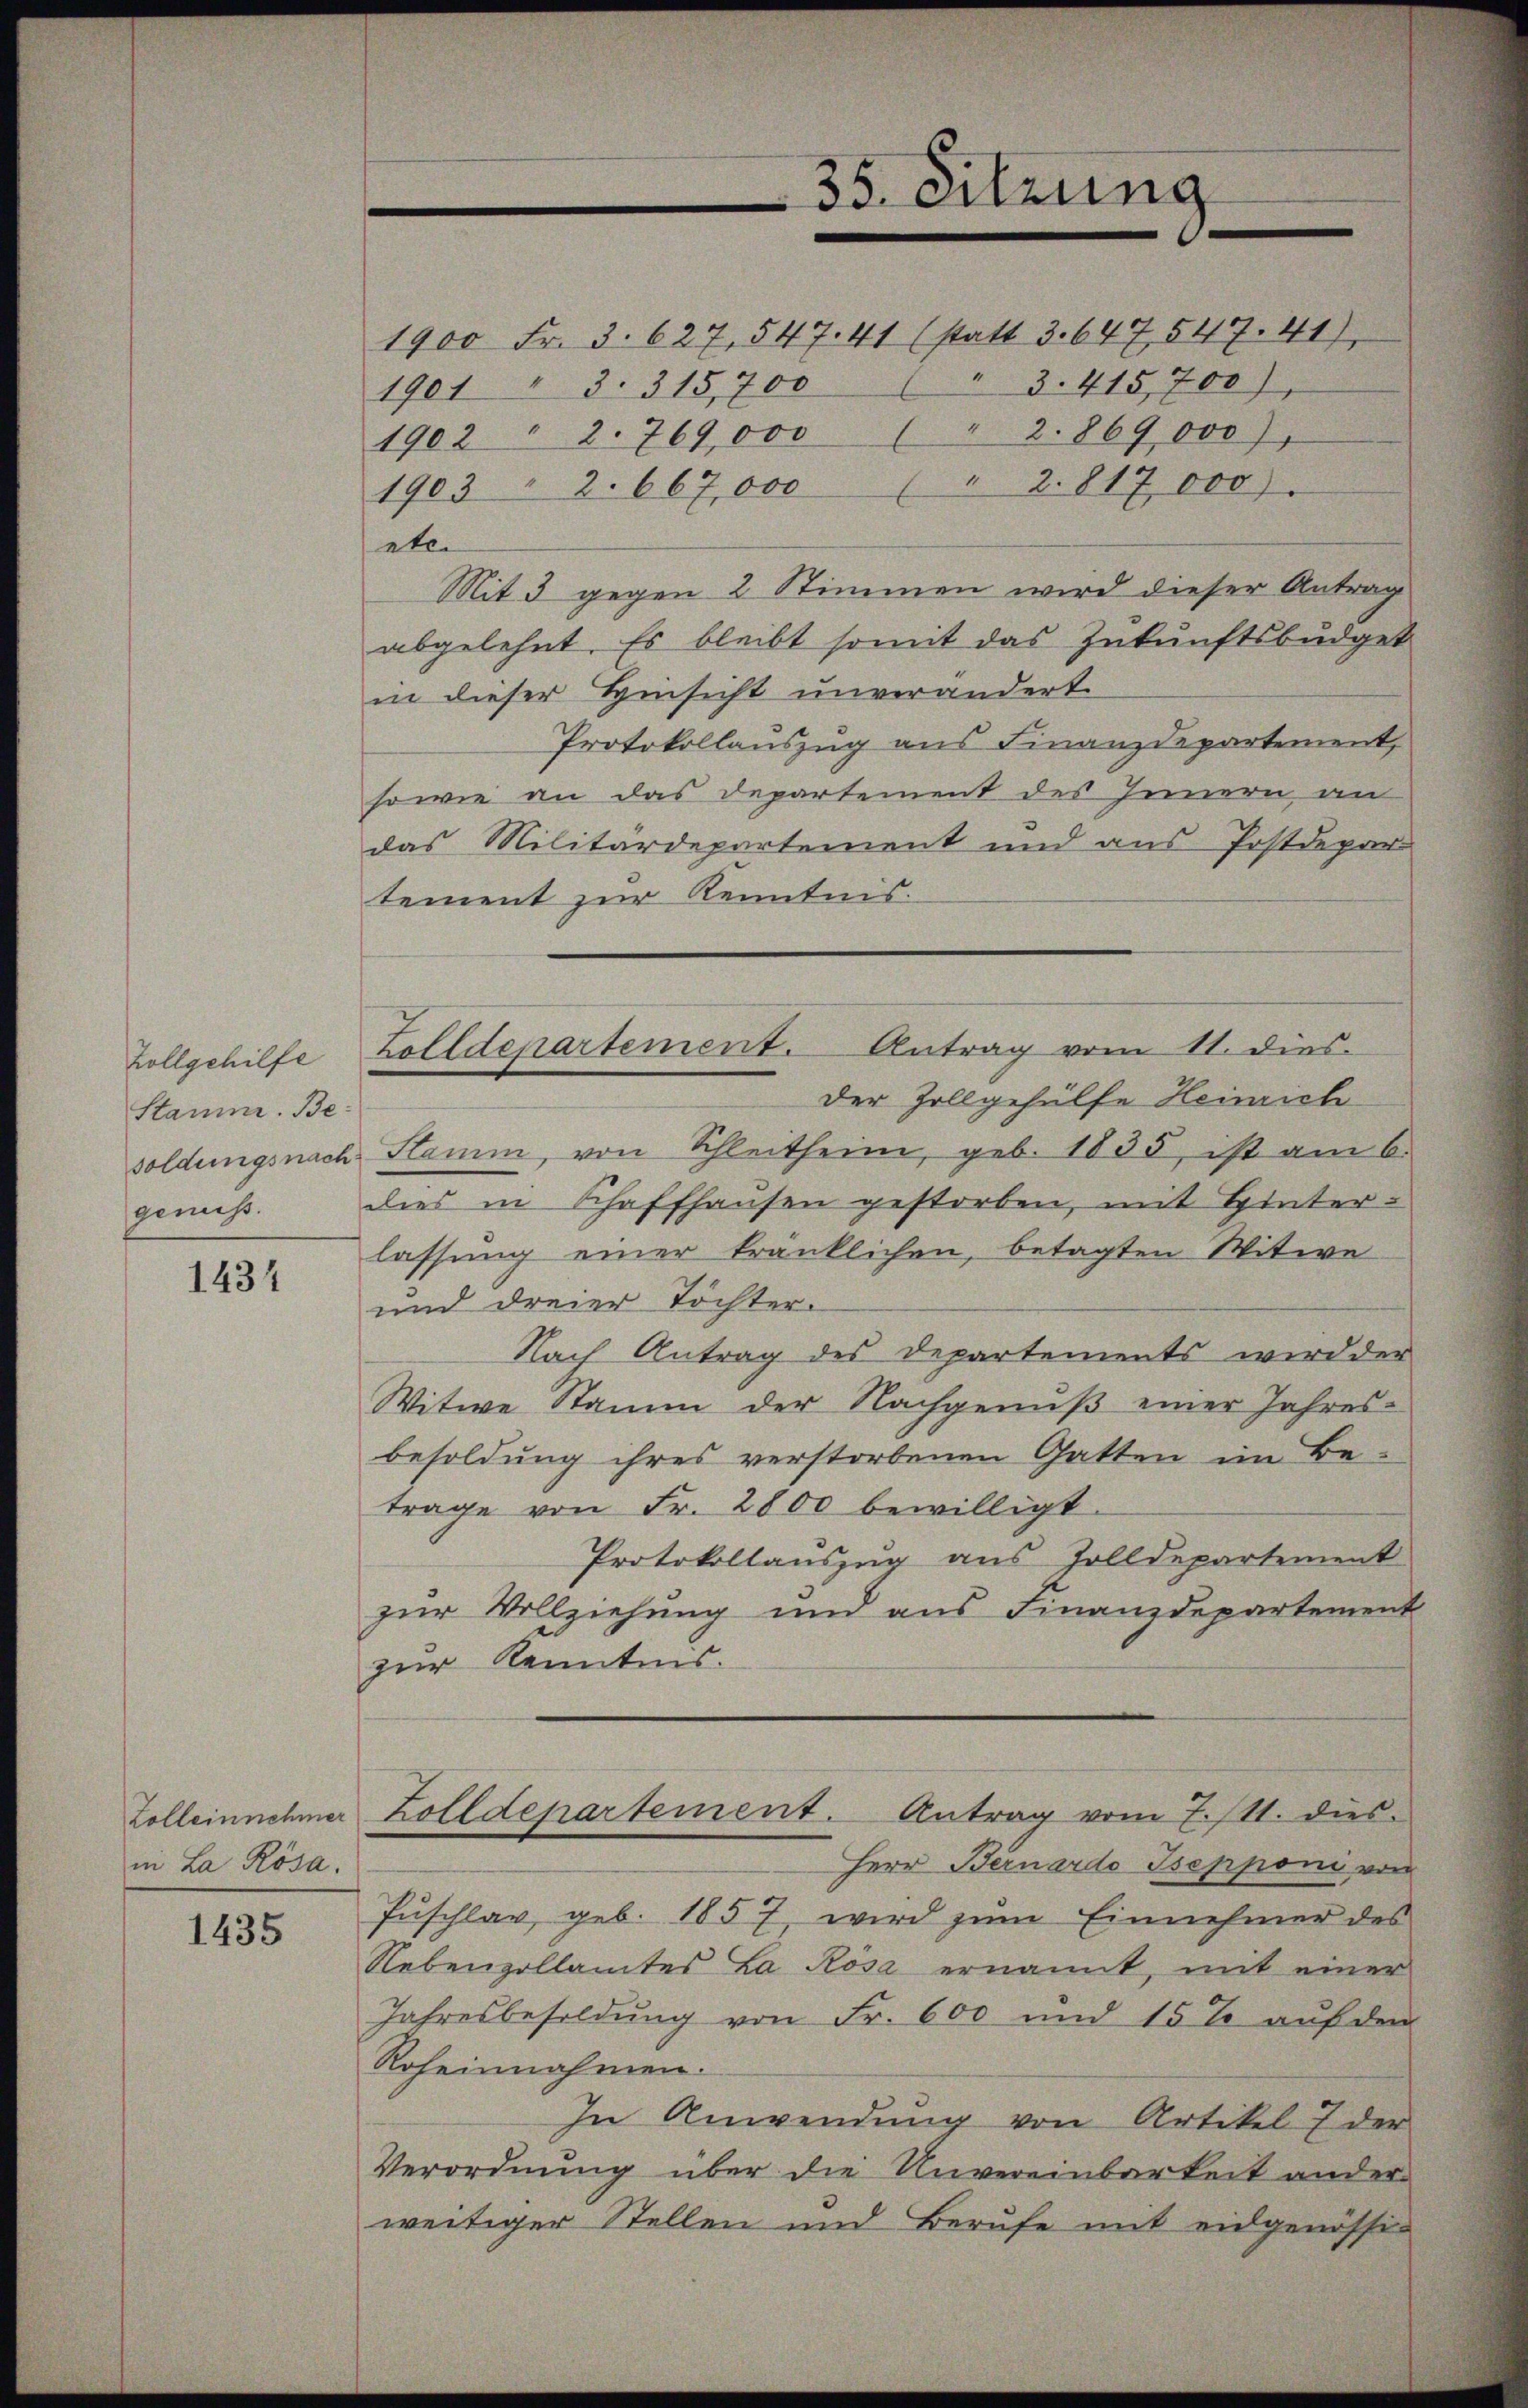
Zollgehilfe
Stammer. Besoldungsnach
genuss.

1434

Zolleinnehmer
in La Rosa.

1435

1900 Fr. 3. 627, 547. 41 (statt 3. 647. 547. 41)
" 3. 415,700)
1901 " 3. 315,700
1902 " 2. 769,000 (" 2. 869 000),

1903 " 2. 667,000 (" 2. 817 000).
etw
Mit 3 gegen 2 Stimmen wird dieser Antrag
abgelehnt. Es bleibt somit das Zukunftsbudget
in dieser Hinsicht unverändert.
Protokollauszug aus Finanzdepartement,
sowie an das Departement des Innern an
das Militärdepartement und aus Postdepar-
tement zur Kenntnis.
der Zollgehülfe Heinrich
Stamm, von Schleitheim, geb. 1835, ist am 6.
dies in Schaffhausen gestorben, mit Hinterlassung einer kränklichen, betagten Witwe
und dreier Töchter.
Nach Antrag des Departements wird der
Witwe Stamm der Nachgenuß einer Jahres-
besoldung ihres verstorbenen Gatten im Be-
trage von Fr. 2800 bewilligt.
Protokollauszug aus Zolldepartement
zŭr Vollziehung und ans Finanzdepartement
zur Kenntnis.
Zolldepartement. Antrag vom 7./11. dies
Herr Bernardo Isepponi von
Fuschlav geb. 1857 wird zŭm Einnehmer des
Nebenzollamtes La Rosa ernannt, mit einer
Jahresbesoldung von Fr. 600 und 15% auf den
Roheinnahmen.
In Anwendung von Artikel 7 der
Verordnung über die Unvereinbarkeit ander
weitiger Stellen und Berufe mit eidgenössi¬

Zolldepartement. Antrag vom 11. dies

35. Sitzung